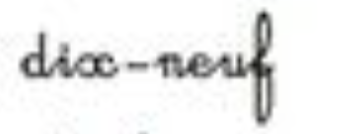
dix-neuf